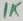
Text: 1K